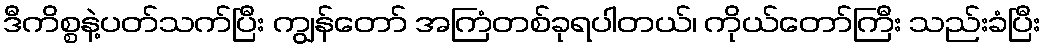
ဒီကိစ္စနဲ့ပတ်သက်ပြီး ကျွန်တော် အကြံတစ်ခုရပါတယ်၊ ကိုယ်တော်ကြီး သည်းခံပြီး